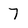
Character: 7